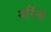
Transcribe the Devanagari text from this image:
सर्पिनी